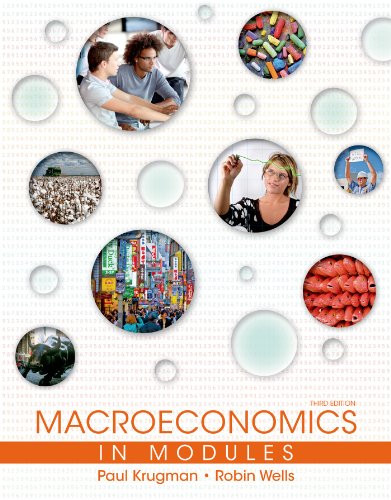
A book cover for Macroeconomics in Modules; Paul Krugman; Business & Money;